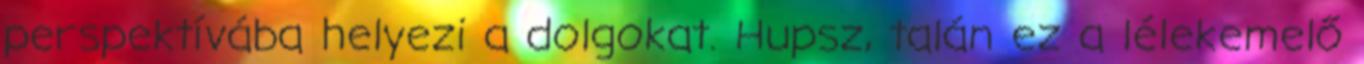
perspektívába helyezi a dolgokat. Hupsz, talán ez a lélekemelő